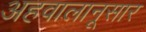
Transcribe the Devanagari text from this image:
अहवालानूसार